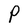
Character: P